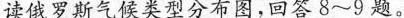
读俄罗斯气候类型分布图，回答8~9题。